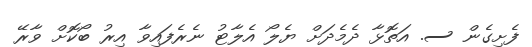
ފެށިގެން ސ. އަތޮޅާ ދެމެދަށް ޔެލޯ އެލާޓު ނެރެފައިވާ އިރު ބޯކޮށް ވާރޭ